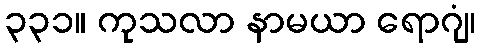
၃၃၁။ ကုသလာ နာမယာ ရောဂျံ၊